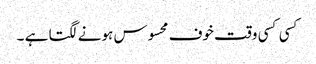
کسی کسی وقت خوف محسوس ہونے لگتا ہے ۔